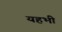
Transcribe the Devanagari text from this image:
यहभी